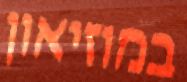
במוזיאון